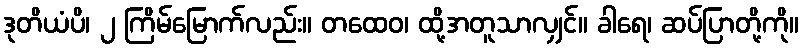
ဒုတိယံပိ၊ ၂ ကြိမ်မြောက်လည်း။ တထေဝ၊ ထို့အတူသာလျှင်။ ခါရေ၊ ဆပ်ပြာတို့ကို။